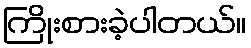
ကြိုးစားခဲ့ပါတယ်။